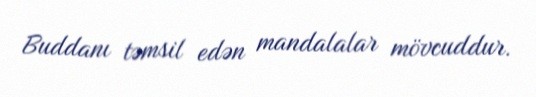
Buddanı təmsil edən mandalalar mövcuddur.